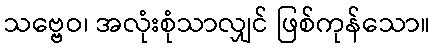
သဗ္ဗေဝ၊ အလုံးစုံသာလျှင် ဖြစ်ကုန်သော။